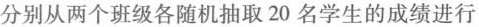
分别从两个班级各随机抽取20名学生的成绩进行